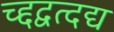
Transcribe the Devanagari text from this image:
च्द्दद्वत्दद्य